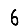
Digit: 6